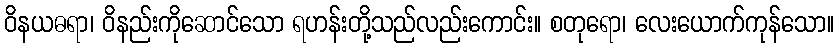
ဝိနယဓရာ၊ ဝိနည်းကိုဆောင်သော ရဟန်းတို့သည်လည်းကောင်း။ စတုရော၊ လေးယောက်ကုန်သော။